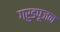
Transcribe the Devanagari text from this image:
गरुडपूजन